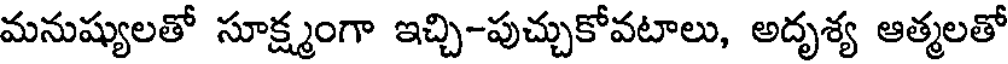
మనుష్యులతో సూక్ష్మంగా ఇచ్చి-పుచ్చుకోవటాలు, అదృశ్య ఆత్మలతో